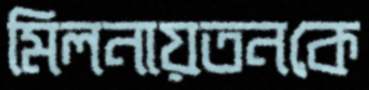
মিলনায়তনকে